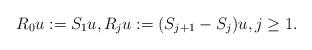
LaTeX: \begin{align*} R_0 u := S_1 u, R_j u := (S_{j+1} - S_j) u, j \geq 1.\end{align*}